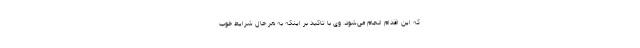
که این اقدام انجام می‌شود. وی با تاکید بر اینکه به هر حال شرایط خوب